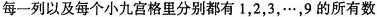
每一列以及每个小九宫格里分别都有1，2，3，…，9的所有数